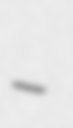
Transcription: –